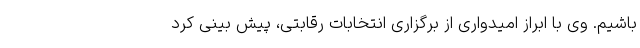
باشیم. وی با ابراز امیدواری از برگزاری انتخابات رقابتی، پیش بینی کرد